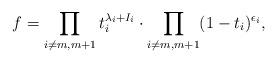
LaTeX: \begin{align*}f = \prod_{i\neq m,m+1} t_i^{\lambda_i+I_i} \cdot \prod_{i\neq m,m+1} (1-t_i)^{\epsilon_i},\end{align*}